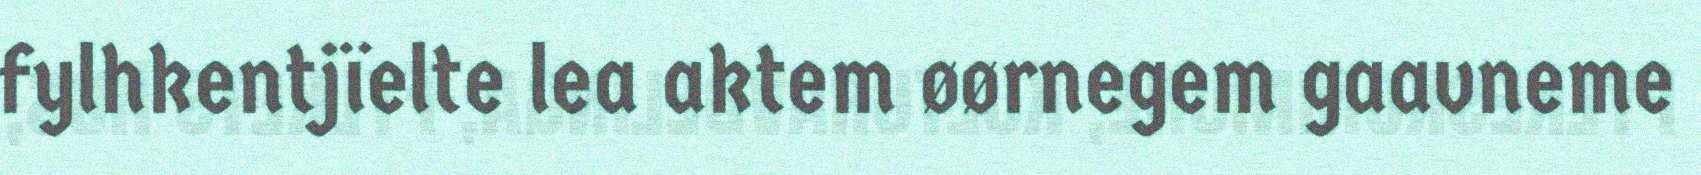
fylhkentjïelte lea aktem øørnegem gaavneme